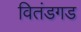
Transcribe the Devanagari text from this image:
वितंडगड